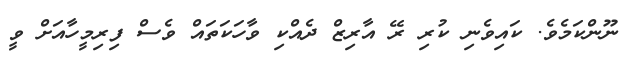
ނޫންކަމެވެ. ކައިވެނި ކުރި ރޭ އާރިޒް ދެއްކި ވާހަކަތައް ވެސް ފިރިމީހާއަށް ވީ